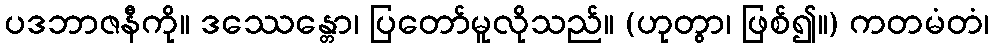
ပဒဘာဇနီကို။ ဒဿေန္တော၊ ပြတော်မူလိုသည်။ (ဟုတွာ၊ ဖြစ်၍။) ကတမံတံ၊